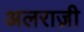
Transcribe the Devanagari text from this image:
अलराज़ी